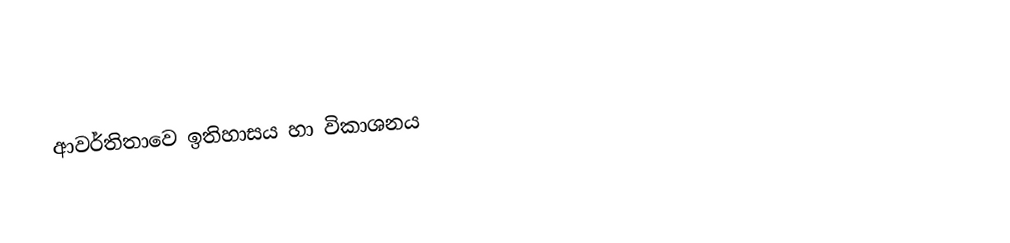
ආවර්තිතාවෙ ඉතිහාසය හා විකාශනය